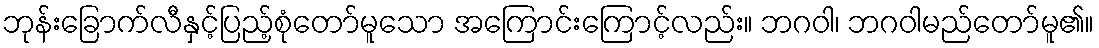
ဘုန်းခြောက်လီနှင့်ပြည့်စုံတော်မူသော အကြောင်းကြောင့်လည်း။ ဘဂဝါ၊ ဘဂဝါမည်တော်မူ၏။